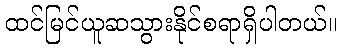
ထင်မြင်ယူဆသွားနိုင်စရာရှိပါတယ်။